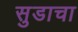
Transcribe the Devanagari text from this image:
सुडाचा